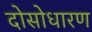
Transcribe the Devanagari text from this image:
दोसोधारण